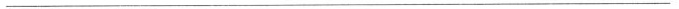
______________